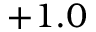
+ 1 . 0